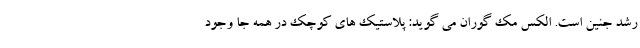
رشد جنین است. الکس مک گوران می گوید: پلاستیک های کوچک در همه جا وجود